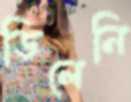
ডিলেনি